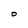
Character: O